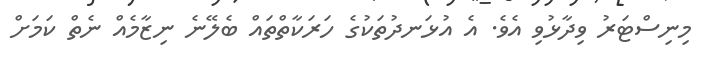
މިނިސްޓަރު ވިދާޅުވި އެވެ. އެ އުޅަނދުތަކުގެ ހަރަކާތްތައް ބެލޭނެ ނިޒާމެއް ނެތް ކަމަށް